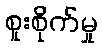
စူးစိုက်မှု